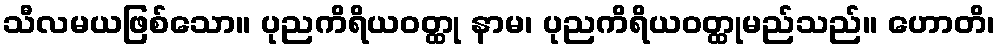
သီလမယဖြစ်သော။ ပုညကိရိယဝတ္ထု နာမ၊ ပုညကိရိယဝတ္ထုမည်သည်။ ဟောတိ၊